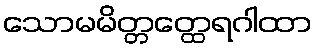
သောမမိတ္တတ္ထေရဂါထာ